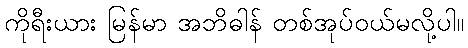
ကိုရီးယား မြန်မာ အဘိဓါန် တစ်အုပ်ဝယ်မလို့ပါ။